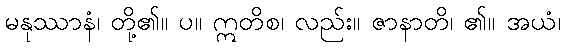
မနုဿာနံ၊ တို့၏။ ပ။ ဣတိစ၊ လည်း။ ဇာနာတိ၊ ၏။ အယံ၊